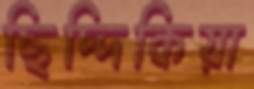
ছিদ্দিকিয়া